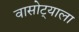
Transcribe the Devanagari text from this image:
वासोट्याला